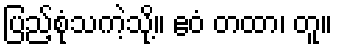
ပြည့်စုံသကဲ့သို့။ ဧဝံ တထာ၊ တူ။